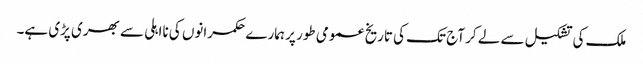
ملک کی تشکیل سے لے کر آج تک کی تاریخ عمومی طور پر ہمارے حکمرانوں کی نااہلی سے بھری پڑی ہے۔